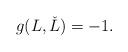
LaTeX: \begin{align*}g(L,\check L)=-1.\end{align*}